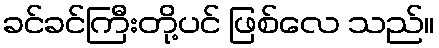
ခင်ခင်ကြီးတို့ပင် ဖြစ်လေ သည်။